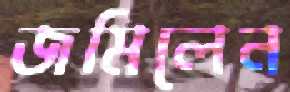
জমিলেন